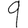
Digit: 9